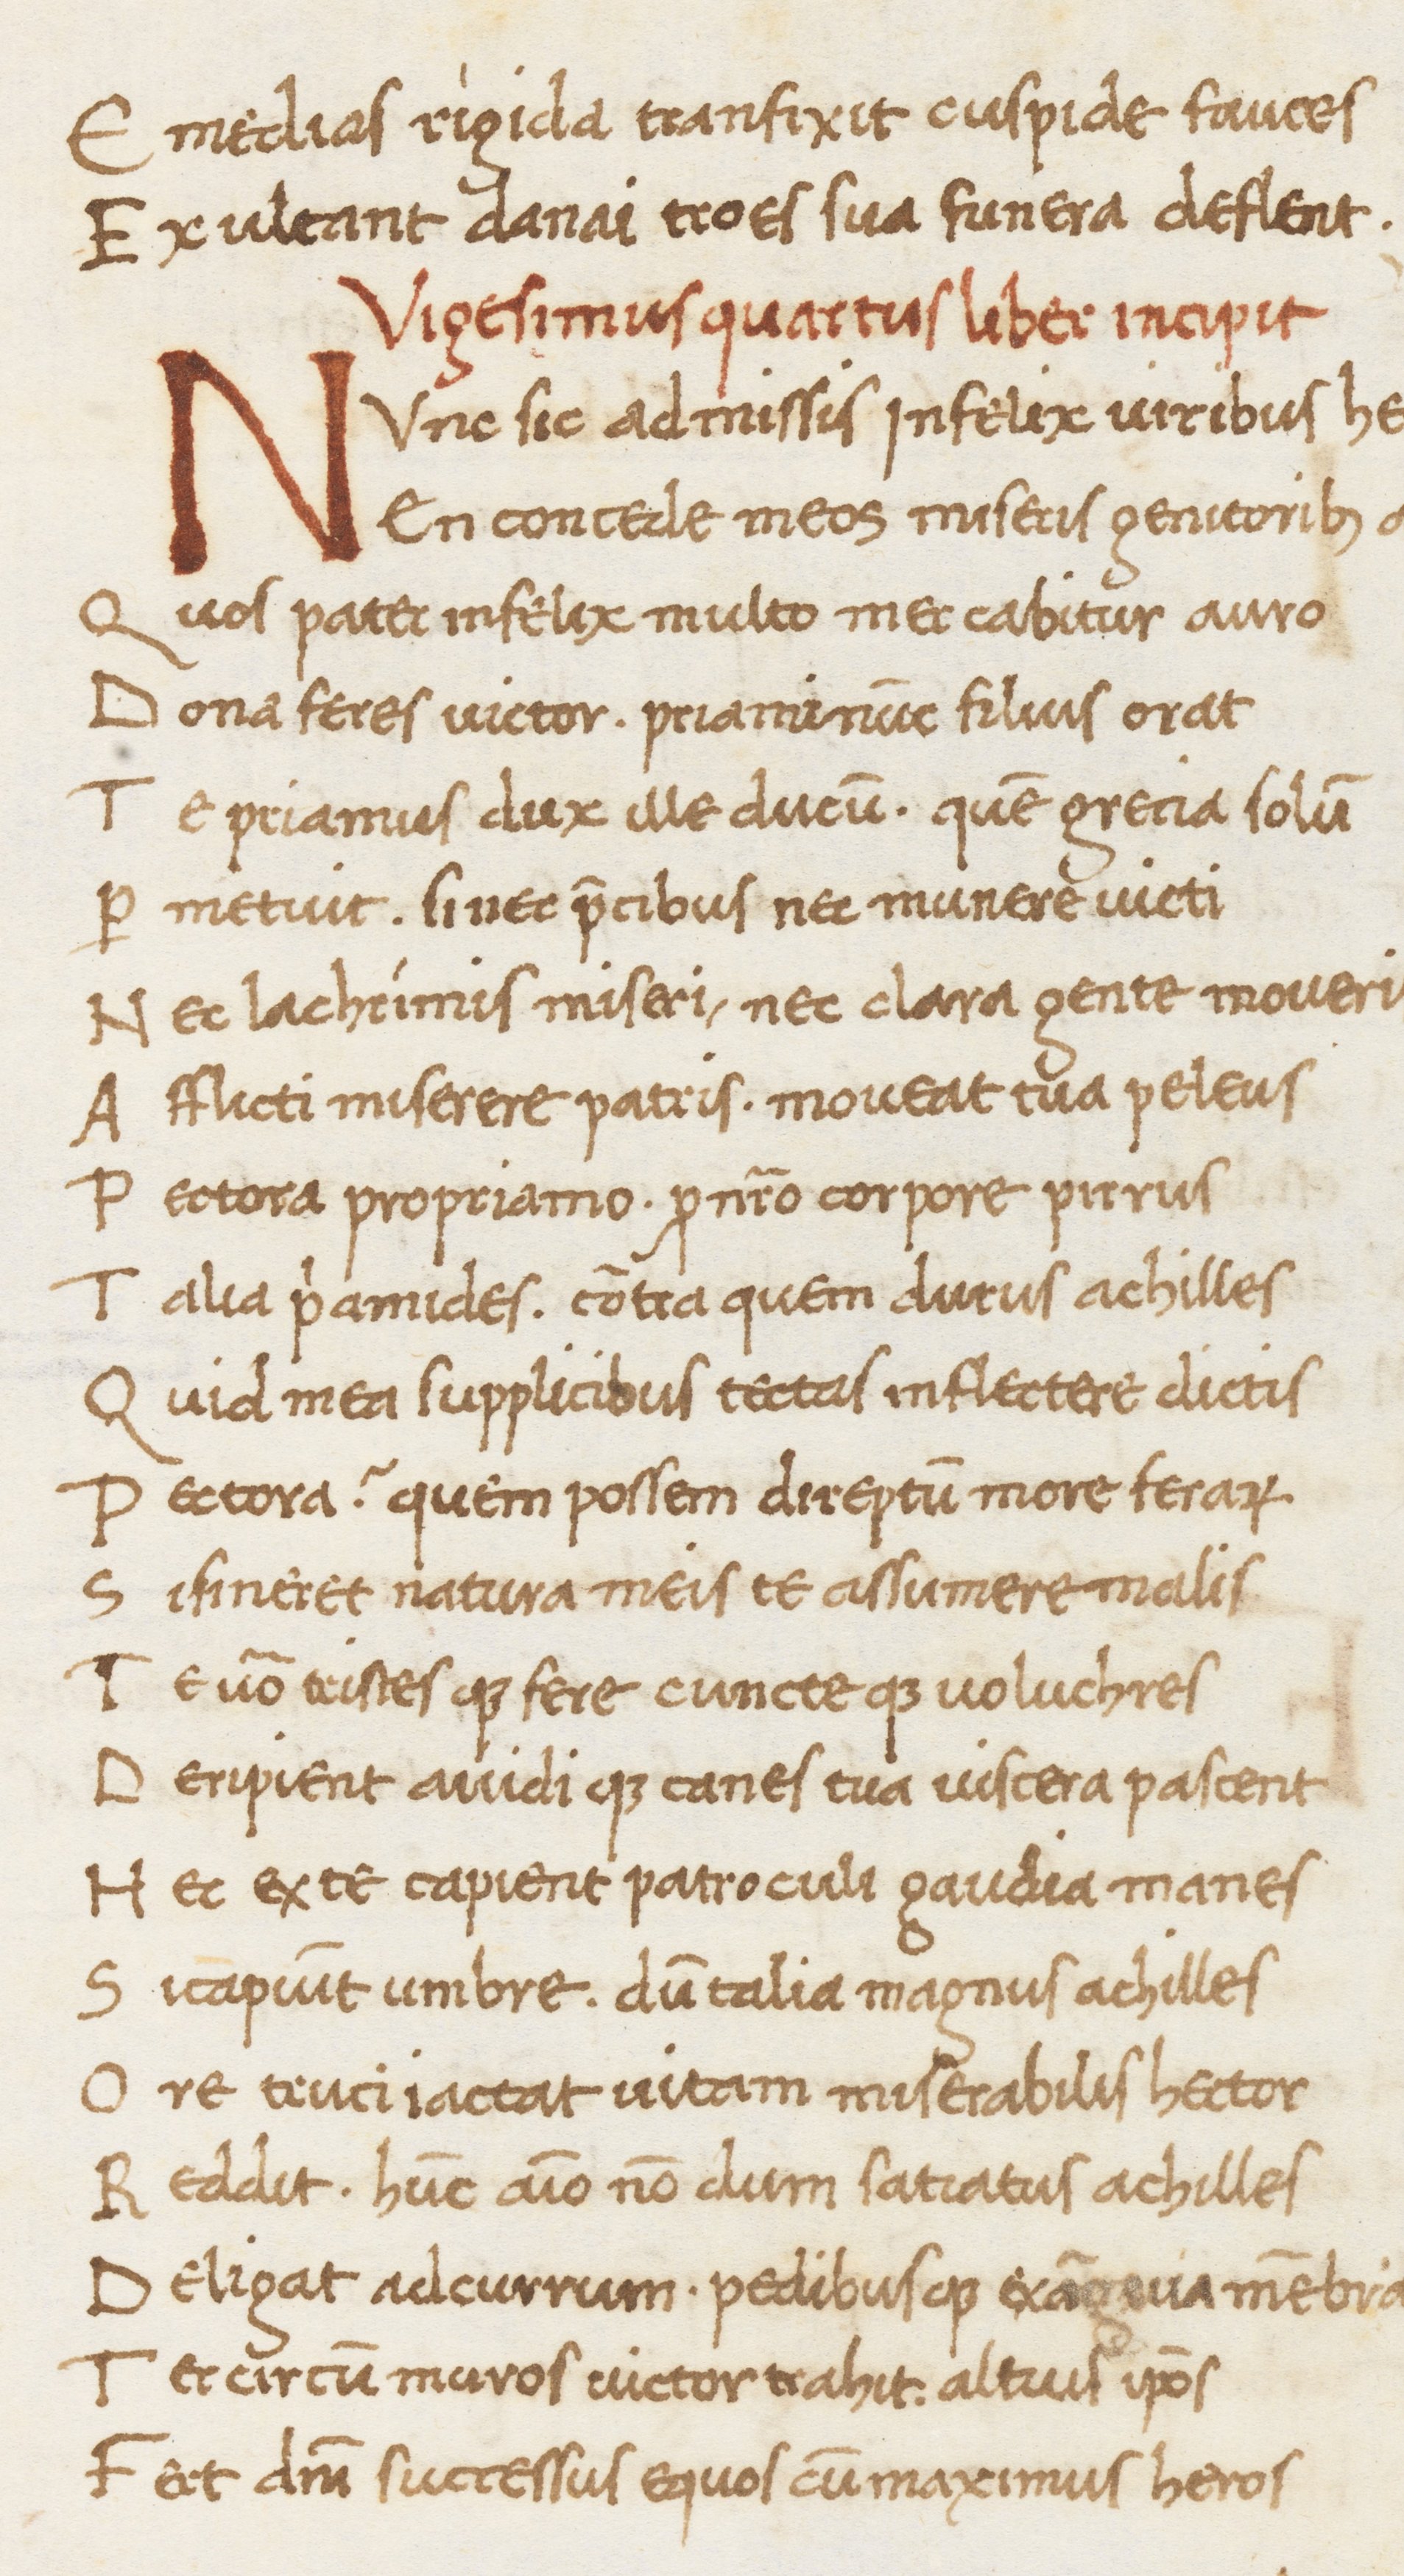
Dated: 1469–1469